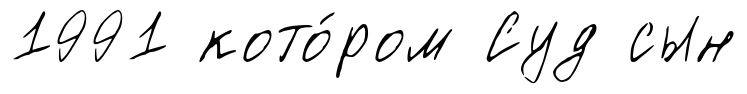
1991 кото́ром Суд сын